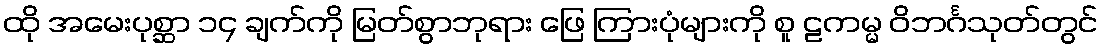
ထို အမေးပုစ္ဆာ ၁၄ ချက်ကို မြတ်စွာဘုရား ဖြေ ကြားပုံများကို စူ ဠကမ္မ ဝိဘင်္ဂသုတ်တွင်